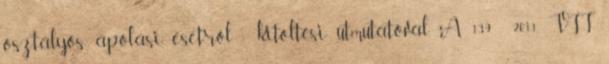
osztályos ápolási esetről - kitöltési útmutatóval. A 139 2011. VII.